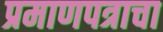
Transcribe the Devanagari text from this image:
प्रमाणपत्राचा